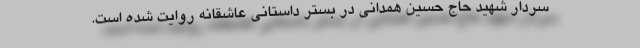
سردار شهید حاج حسین همدانی در بستر داستانی عاشقانه روایت شده است.